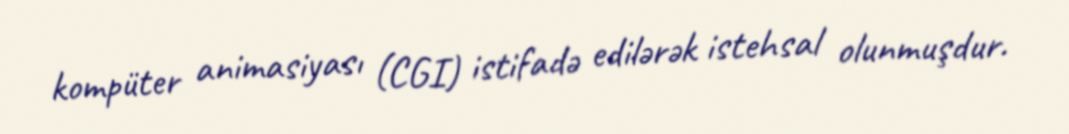
kompüter animasiyası (CGI) istifadə edilərək istehsal olunmuşdur.